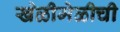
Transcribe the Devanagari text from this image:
खेळीमेळीची